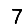
Digit: 7